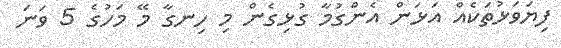
ފިޔަވަޅުތަކެއް އަޅަން އެންގުމާ ގުޅިގެން މި ހިނގާ މޭ މަހުގެ 5 ވަނަ